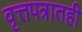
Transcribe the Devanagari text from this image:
वृत्तपत्रातही